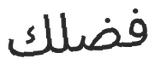
فضلك